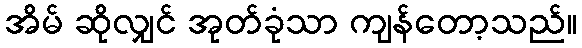
အိမ် ဆိုလျှင် အုတ်ခုံသာ ကျန်တော့သည်။